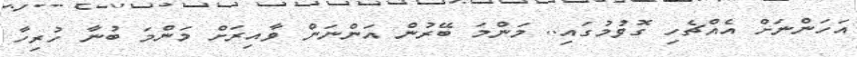
އަހަންނަށް އެއްޗެހި ގޮވުމުގައި.. މަންމަ ބޭރުން އަންނަން ވާއިރަށް މަންމަ ބުނާ ހުރިހާ